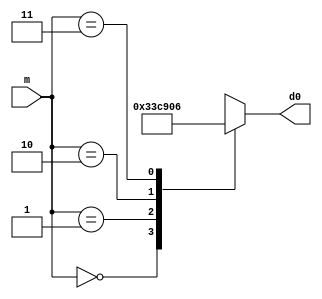
module decoder2to7 (d0,m);//d0=display, m=input
input[1:0] m;
output reg[0:6] d0;

   always @ *
	
		case (m)
			2'b00: d0=7'b0000001;//0
			2'b01: d0=7'b1001111;//1
			2'b10: d0=7'b0010010;//2
			2'b11: d0=7'b0000110;//3
		endcase

endmodule